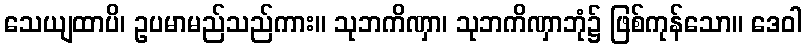
သေယျထာပိ၊ ဥပမာမည်သည်ကား။ သုဘကိဏှာ၊ သုဘကိဏှာဘုံ၌ ဖြစ်ကုန်သော။ ဒေဝါ